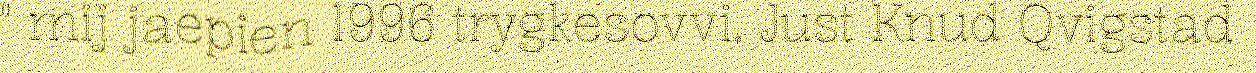
" mij jaepien 1996 trygkesovvi. Just Knud Qvigstad